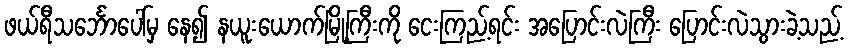
ဖယ်ရီသင်္ဘောပေါ်မှ နေ၍ နယူးယောက်မြို့ကြီးကို ငေးကြည့်ရင်း အပြောင်းလဲကြီး ပြောင်းလဲသွားခဲ့သည့်